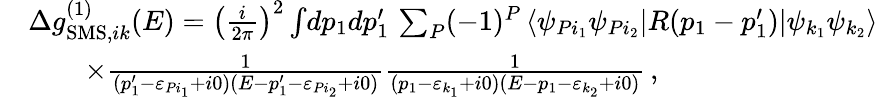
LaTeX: \begin{array}{rl}&{\Delta g_{\mathrm{SMS},ik}^{(1)}(E)=\left(\frac{i}{2\pi}\right)^{2}\int\! dp_{1}dp_{1}^{\prime}\, \sum_{P}(-1)^{P}\, \langle\psi_{Pi_{1}}\psi_{Pi_{2}}|R(p_{1}-p_{1}^{\prime})|\psi_{k_{1}}\psi_{k_{2}}\rangle}\\ &{\qquad\times\frac{1}{(p_{1}^{\prime}-\varepsilon_{Pi_{1}}+i0)(E-p_{1}^{\prime}-\varepsilon_{Pi_{2}}+i0)}\frac{1}{(p_{1}-\varepsilon_{k_{1}}+i0)(E-p_{1}-\varepsilon_{k_{2}}+i0)}\, ,}\end{array}